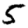
Digit: 5